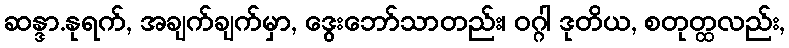
ဆန္ဒာ.နုရက်, အချက်ချက်မှာ, ဒွေးဘော်သာတည်း၊ ဝဂ္ဂါ ဒုတိယ, စတုတ္ထလည်း,